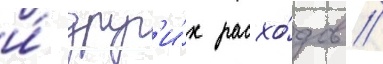
и́ друг'и́х расхо́дов //